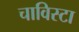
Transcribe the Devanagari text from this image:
चाविस्टा